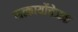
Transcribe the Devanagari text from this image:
सत्कार्योत्तेजक